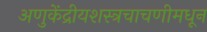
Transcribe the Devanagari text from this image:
अणुकेंद्रीयशस्‍त्रचाचणीमधून